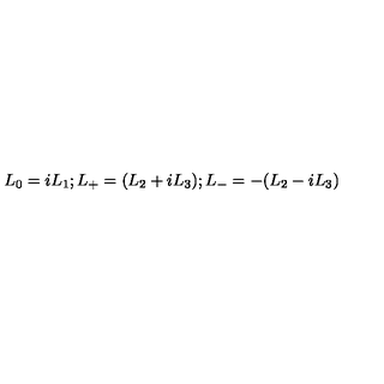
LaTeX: L _ { 0 } = i L _ { 1 } ; L _ { + } = ( L _ { 2 } + i L _ { 3 } ) ; L _ { - } = - ( L _ { 2 } - i L _ { 3 } )